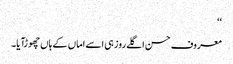
‘‘
معروف حسن اگلے روز ہی اسے اماں کے ہاں چھوڑآیا۔